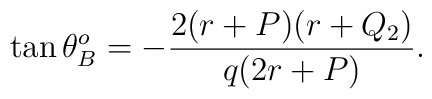
\tan \theta_B^o = - { {2 (r+P) (r+Q_2)} \over {q (2r+P)} }.